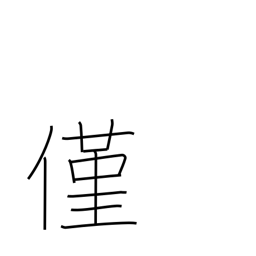
Meaning: a wee bit